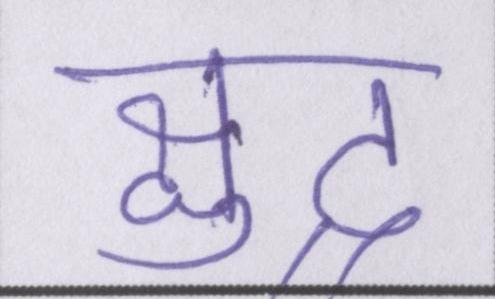
क्षुद्र